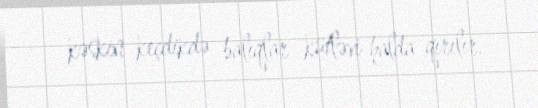
kəskin keçdikdə balıqlar kütləvi halda qırılır.